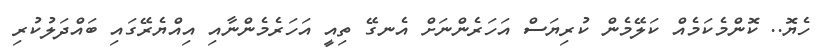
ހެޔޮ.. ކޮންމެކަމެއް ކަލޭމެން ކުރިޔަސް އަހަރެންނަށް އެނގޭ ތިއީ އަހަރެމެންނާއި އިއްޔެރޭގައި ބައްދަލުކުރި